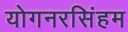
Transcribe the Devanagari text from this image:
योगनरसिंहम